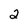
Character: 2